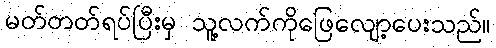
မတ်တတ်ရပ်ပြီးမှ သူ့လက်ကိုဖြေလျော့ပေးသည်။